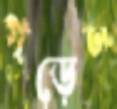
গড়েন